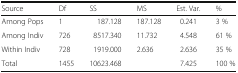
| Source | Df | SS | MS | Est. Var. | % |
 | --- | --- | --- | --- | --- | --- |
 | Among Pops | 1 | 187.128 | 187.128 | 0.241 | 3 % |
 | Among Indiv | 726 | 8517.340 | 11.732 | 4.548 | 61 % |
 | Within Indiv | 728 | 1919.000 | 2.636 | 2.636 | 35 % |
 | Total | 1455 | 10623.468 |  | 7.425 | 100 % |